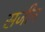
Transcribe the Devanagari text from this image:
सजीन